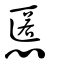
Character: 慝